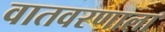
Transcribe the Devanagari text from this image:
वातवरणाला